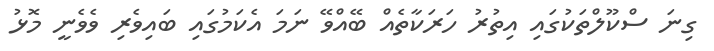
ގިނަ ސްކޫލްތަކުގައި އިތުރު ހަރަކާތެއް ބޭއްވޭ ނަމަ އެކަމުގައި ބައިވެރި ވެވެނީ މޮޅު